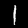
Label: 1